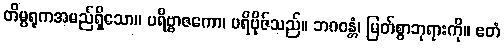
တိမ္ပရုကအမည်ရှိသော။ ပရိဗ္ဗာဇကော၊ ပရိဗိုဇ်သည်။ ဘဂဝန္တံ၊ မြတ်စွာဘုရားကို။ ဧတံ